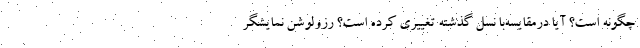
چگونه است؟ آیا درمقایسه‌با نسل گذشته تغییری کرده است؟ رزولوشن نمایشگر